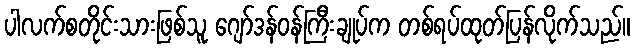
ပါလက်စတိုင်းသားဖြစ်သူ ဂျော်ဒန်ဝန်ကြီးချုပ်က တစ်ရပ်ထုတ်ပြန်လိုက်သည်။